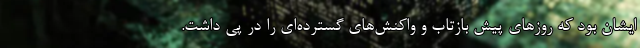
ايشان بود كه روزهاي پيش بازتاب و واكنش‌هاي گسترده‌اي را در پي داشت.